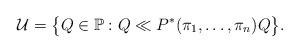
LaTeX: \begin{gather*}\mathcal{U}=\bigl\{Q\in\mathbb{P}:Q\ll P^*(\pi_1,\ldots,\pi_n)Q\bigr\}.\end{gather*}